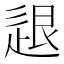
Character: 𨒼